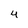
Character: 4